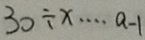
3 0 \div x \cdots a - 1